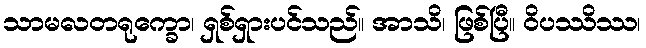
သာမလတရုက္ခော၊ ရှစ်ရှားပင်သည်။ အာသိ၊ ဖြစ်ပြီ။ ဝိပဿိဿ၊